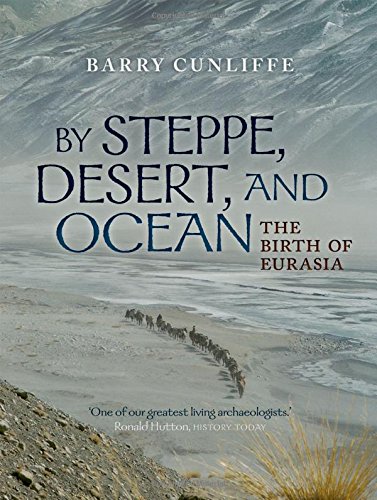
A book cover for By Steppe, Desert, and Ocean: The Birth of Eurasia; Sir Barry Cunliffe; History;